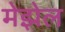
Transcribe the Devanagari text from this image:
मेझेल